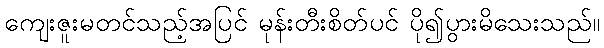
ကျေးဇူးမတင်သည့်အပြင် မုန်းတီးစိတ်ပင် ပို၍ပွားမိသေးသည်။